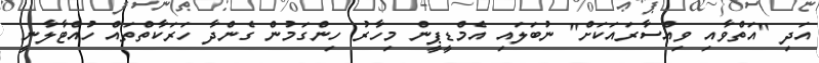
އަދި "އަތްވާއި ވިއްސާރައަކަށް" ނުބަލައި އެމްޑީޕީން މިހާރު ހިންގަމުން ގެންދާ ހަރަކާތްތައް ހުއްޓާލާނީ